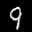
Label: 9